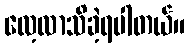
လေ့လာသိခဲ့ရပါတယ်။